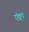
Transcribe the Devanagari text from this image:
ऍक्वा